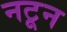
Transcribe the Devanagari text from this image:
नटून